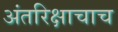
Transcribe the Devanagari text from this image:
अंतरिक्षाचाच